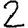
Digit: 2